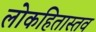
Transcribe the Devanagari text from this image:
लोकहितास्तव